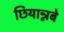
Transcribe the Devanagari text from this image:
छियान्नबे